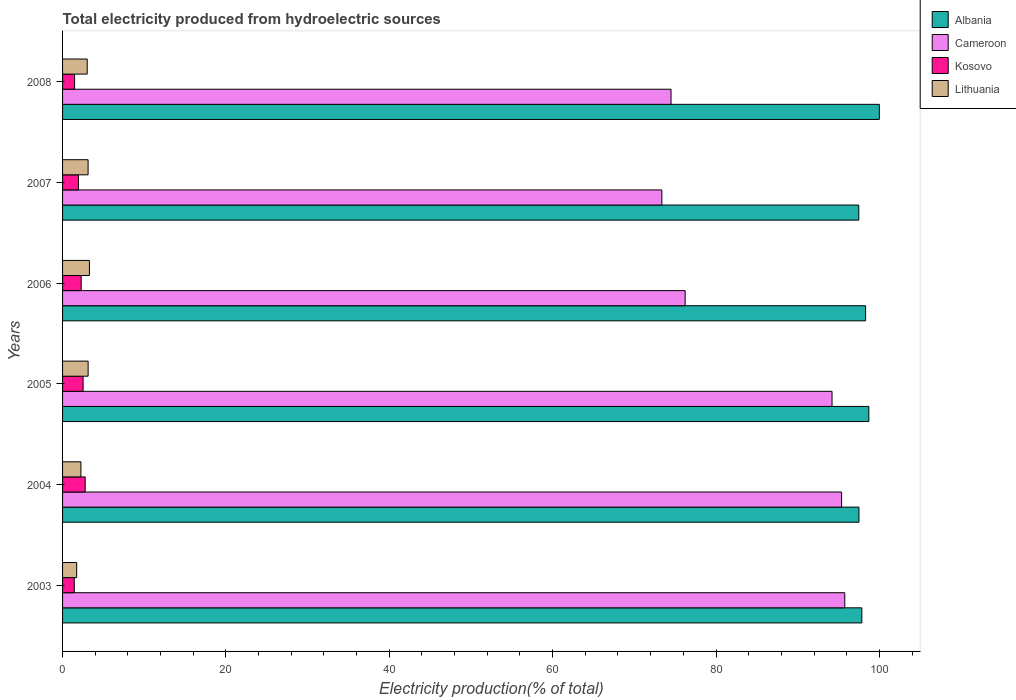
| Years | Albania | Cameroon | Kosovo | Lithuania |
 | --- | --- | --- | --- | --- |
 | 2003 | 97.9 | 95.8 | 1.43 | 1.73 |
 | 2004 | 97.5 | 95.4 | 2.77 | 2.25 |
 | 2005 | 98.7 | 94.2 | 2.51 | 3.13 |
 | 2006 | 98.3 | 76.2 | 2.28 | 3.29 |
 | 2007 | 97.5 | 73.4 | 1.94 | 3.13 |
 | 2008 | 100 | 74.5 | 1.47 | 3.02 |